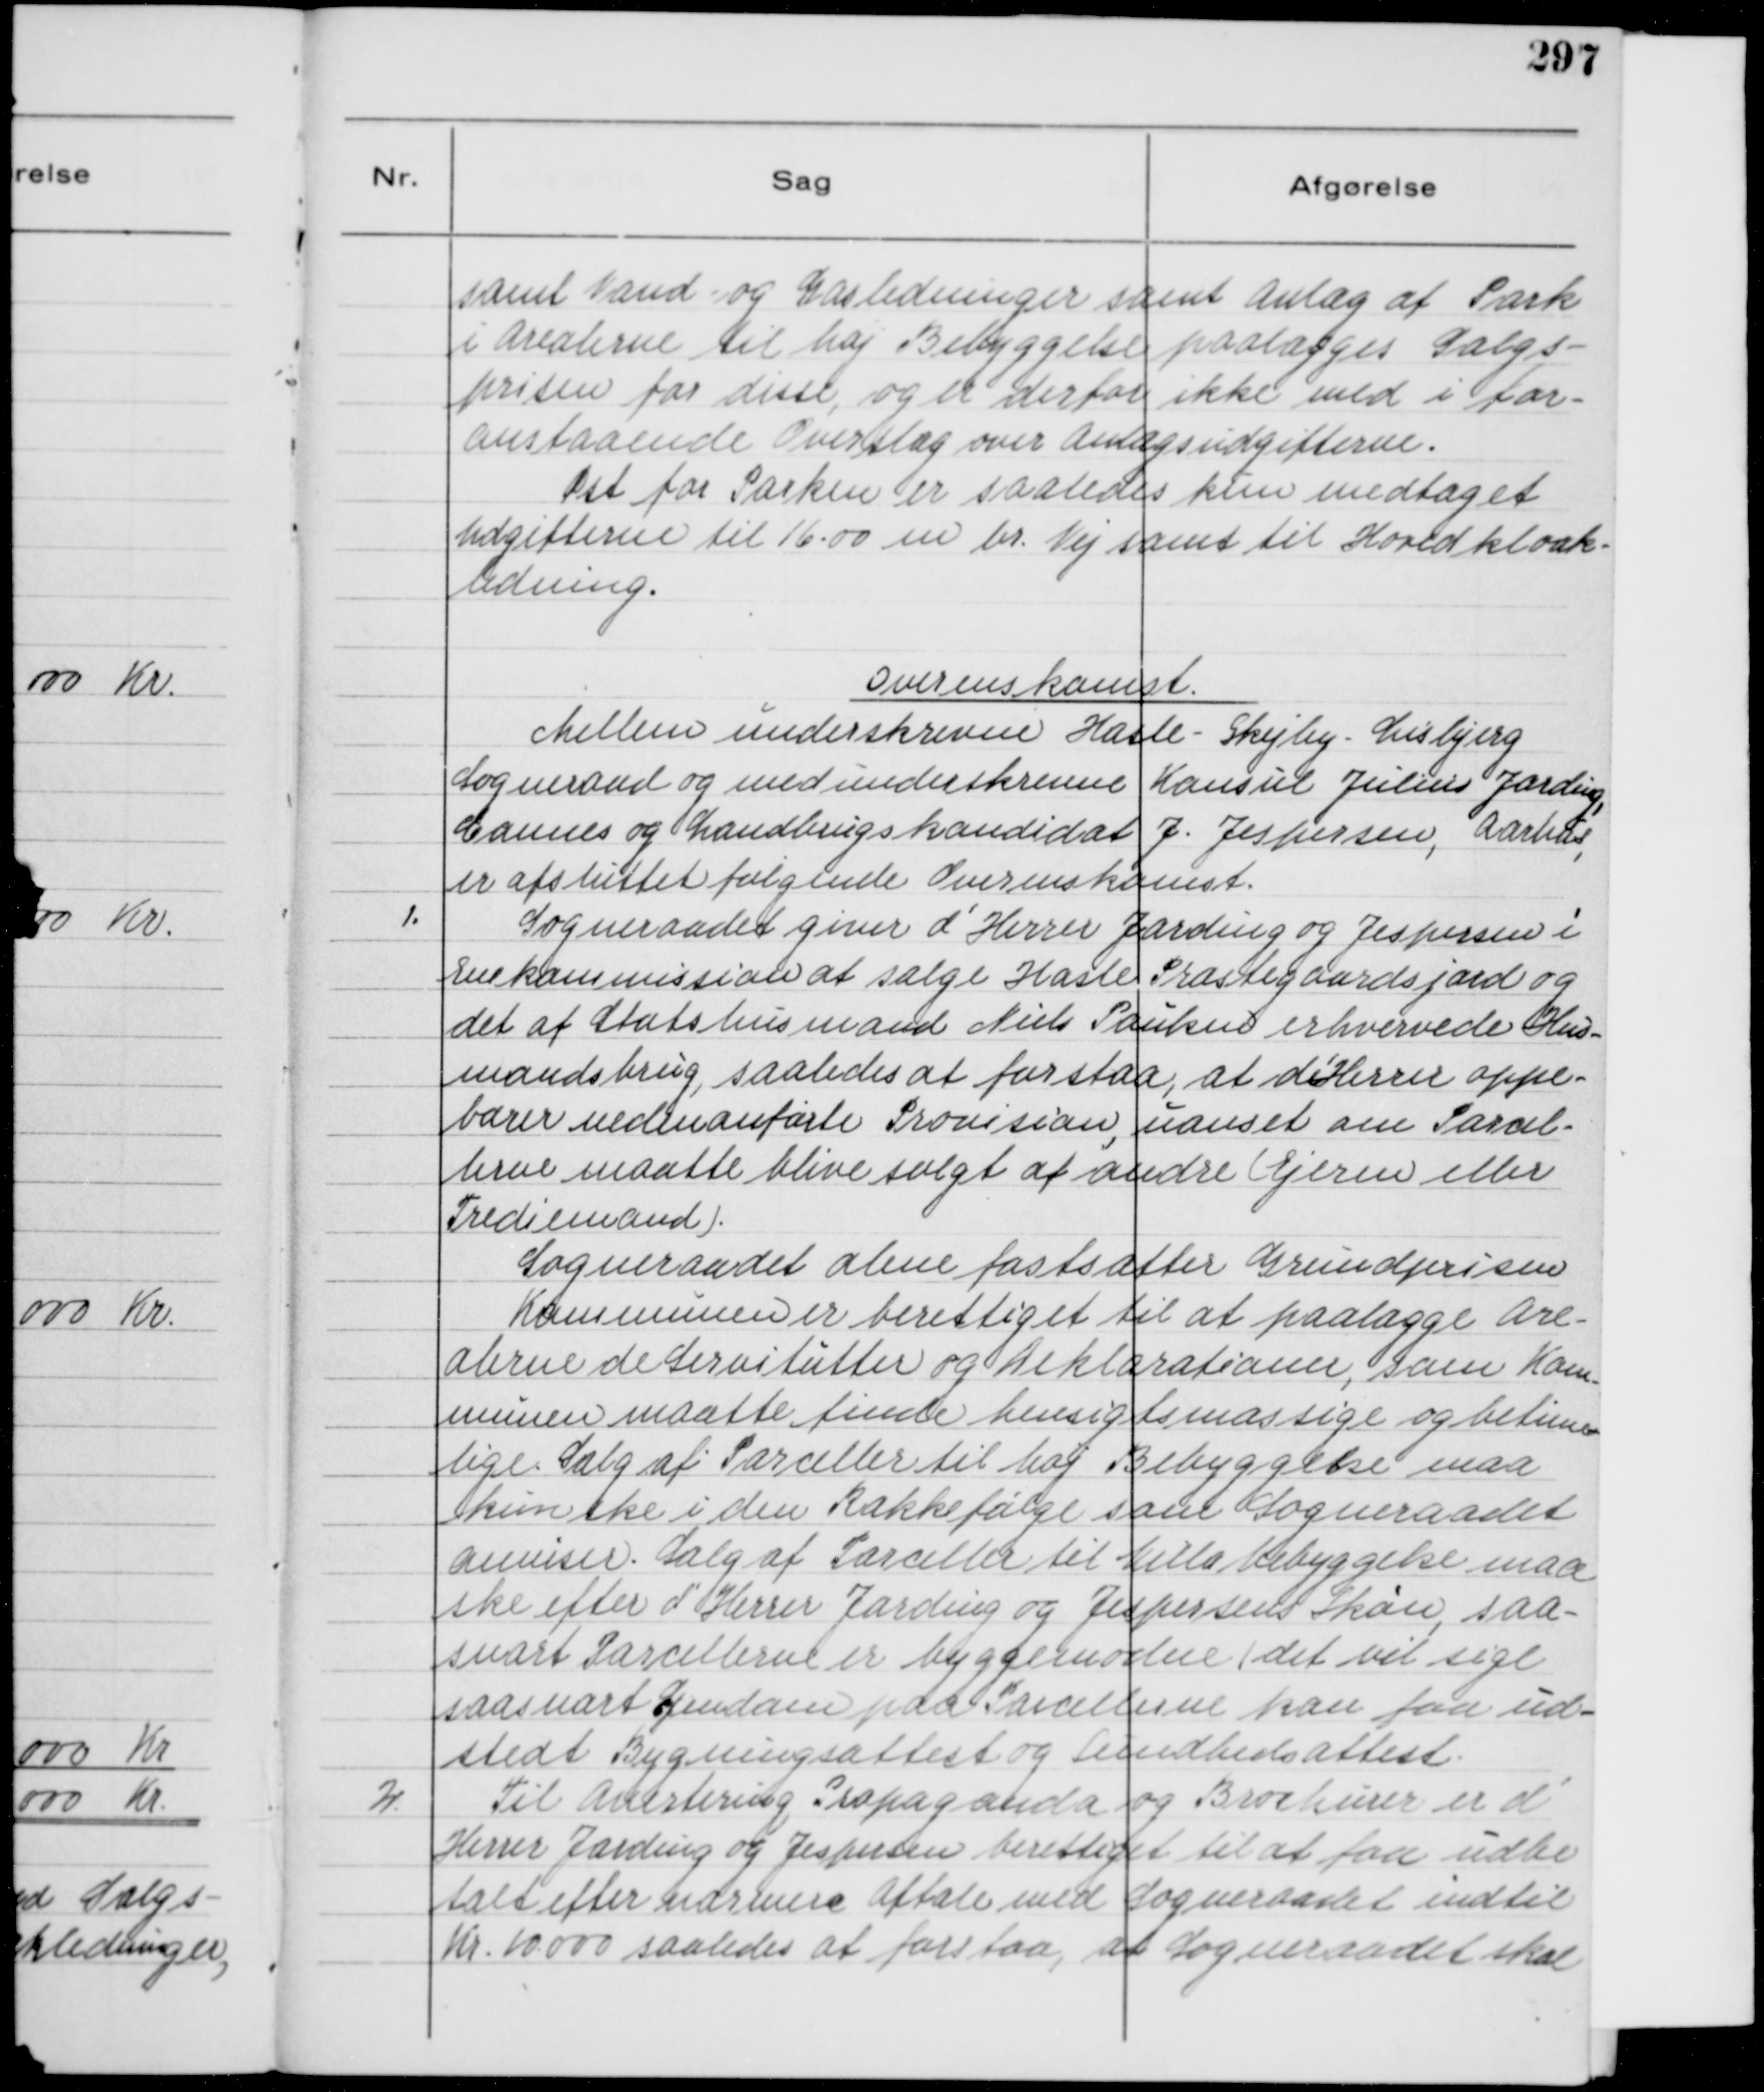
Transskription:
samt Vand- og Gasledninger samt Anlæg af Park
i Arealerne til høj Bebyggelse paalægges Salgs-
prisen for disse, og er derfor ikke med i for-
anstaaende Overslag over Anlægsudgifterne.
Øst for Parken er saaledes kun medtaget
Udgifterne til 16,00 m br. Vej samt til Hovedkloak-
ledning.

Overenskomst.
Mellem underskrevne Hasle - Skejby - Lisbjerg
Sogneraad og med underskrevne Konsul Julius Jarding,
Cannes og Landbrugskandidat J. Jespersen, Aarhus,
er afsluttet følgende Overenskomst.
1.
Sogneraadet giver d'Herrer Jarding og Jespersen i
Enekommission at sælge Hasle Præstegaardsjord og
det af Statshusmand Niels Poulsen erhvervede Hus-
mandsbrug, saaledes at forstaa, at d'Herrer oppe-
bærer nedenanførte Provision, uanset om Parcel-
lerne maatte blive solgt af andre ( Ejere eller
Trediemand ).
Sogneraadet alene fastsætter Grundprisen
Kommunen er berettiget til at paalægge Are-
alerne de Servitutter og Deklarationer, som Kom-
munen maatte finde hensigtsmæssige og betime-
lige. Salg af Parceller til høj Bebyggelse maa
kun ske i den Rækkefølge som Sogneraadet
anviser. Salg af Parceller til Villabebyggelse maa
ske efter d'Herrer Jarding og Jespersens Skøn, saa-
snart Parcellerne er byggemodne ( det vil sige
saasnart Ejendom paa Parcellerne kan faa ud-
stedt Bygningsattest og Sundhedsattest.
2.
Til Avertering, Propaganda og Brochurer er d'
Herrer Jarding og Jespersen berettiget til at faa udbe-
talt efter nærmere Aftale med Sogneraadet indtil
Kr. 10.000 saaledes at forstaa, at Sogneraadet skal